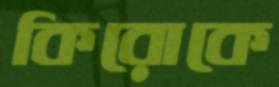
কিরোকে